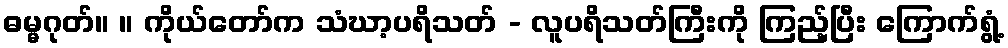
ဓမ္မဂုတ်။ ။ ကိုယ်တော်က သံဃာ့ပရိသတ် - လူပရိသတ်ကြီးကို ကြည့်ပြီး ကြောက်ရွံ့